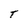
Character: T